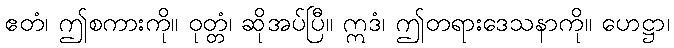
ဧတံ၊ ဤစကားကို။ ဝုတ္တံ၊ ဆိုအပ်ပြီ။ ဣဒံ၊ ဤတရားဒေသနာကို။ ဟေဋ္ဌာ၊